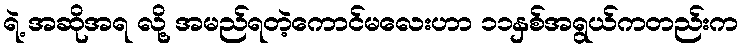
ရဲ့ အဆိုအရ လို့ အမည်ရတဲ့ကောင်မလေးဟာ ၁၁နှစ်အရွယ်ကတည်းက